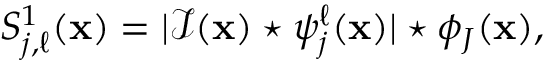
\begin{array} { r } { S _ { j , \ell } ^ { 1 } ( \mathbf { x } ) = | \mathcal { I } ( \mathbf { x } ) \star \psi _ { j } ^ { \ell } ( \mathbf { x } ) | \star \phi _ { J } ( \mathbf { x } ) , } \end{array}